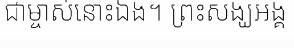
ជាម្ចាស់នោះឯង។ ព្រះសង្ឃអង្គ